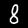
Label: 8